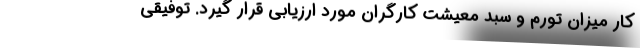
كار ميزان تورم و سبد معيشت كارگران مورد ارزيابي قرار گيرد. توفيقي